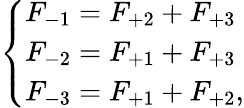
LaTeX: \left\{ \begin{array}{ll}{F_{-1}=F_{+2}+F_{+3}}\\ {F_{-2}=F_{+1}+F_{+3}}\\ {F_{-3}=F_{+1}+F_{+2},}\end{array}\right.